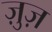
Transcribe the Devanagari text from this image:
ज़ुज़